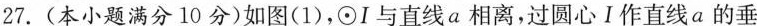
27.(本小题满分10分)如图(1)，⊙I与直线a相离，过圆心Ⅰ作直线a的垂